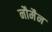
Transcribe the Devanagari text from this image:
नौमैन